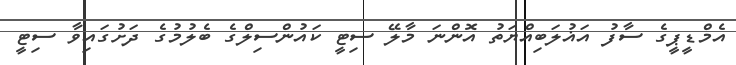
އެމްޑީޕީގެ ސާފު އަޣުލަބިއްޔަތު އޮންނަ މާލޭ ސިޓީ ކައުންސިލްގެ ބެލުމުގެ ދަށުގައިވާ ސިޓީ